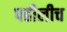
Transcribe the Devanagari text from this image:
पहीलीच